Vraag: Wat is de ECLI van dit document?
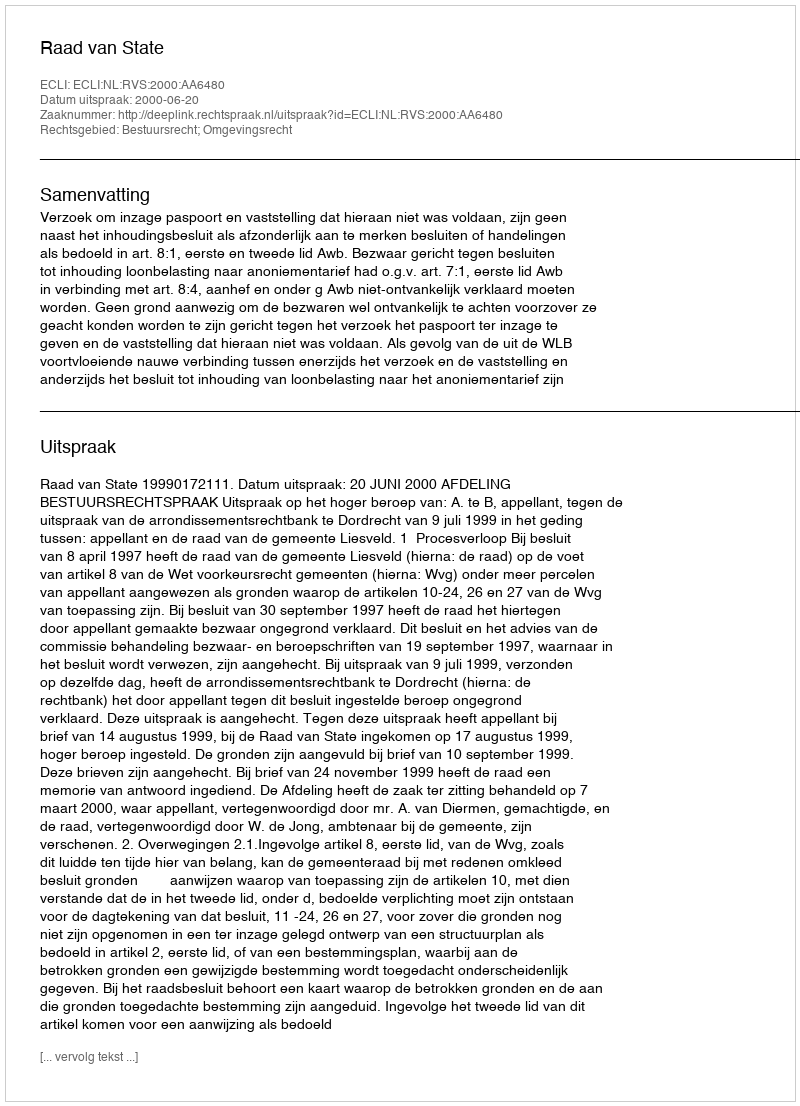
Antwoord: ECLI:NL:RVS:2000:AA6480